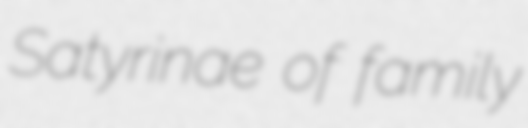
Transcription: Satyrinae of family